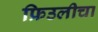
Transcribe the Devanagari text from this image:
फ्रिउलीचा